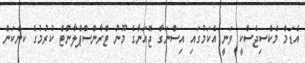
އެޑަމް މެކްސިޖެސްކީ ވަނީ އެކަމުގައި އިސްނަގާ ޖޮއަނާގެ މޫނު ޓްރާންސްޕްލާންޓް ކުރުމުގެ ކންކަން